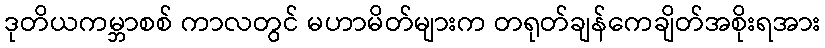
ဒုတိယကမ္ဘာစစ် ကာလတွင် မဟာမိတ်များက တရုတ်ချန်ကေချိတ်အစိုးရအား